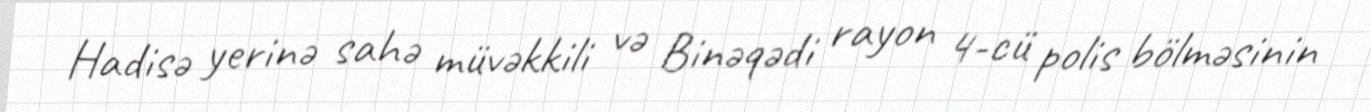
Hadisə yerinə sahə müvəkkili və Binəqədi rayon 4-cü polis bölməsinin